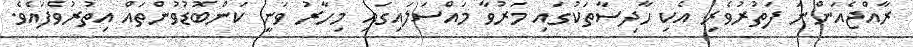
ރާއްޖެއަންނަ ފަތުރުވެރި އެކި ހާދިސާތަކުގައި މަރުވާ މައްސަލައިގައި މިހާރު ވަނީ ކަންބޮޑުވުންތައް އިތުރުވެފައެވެ.